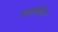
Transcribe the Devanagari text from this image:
खानदौरा